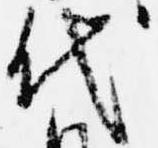
代